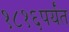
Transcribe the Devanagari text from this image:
१८१६पर्यंत